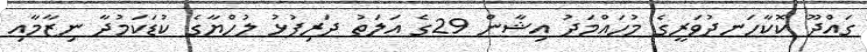
ގައްދޫ ކޮކާހަނދުވަރީގެ މުހައްމަދު އިޝާން 29ގެ އަލަތު ދަރިފުޅު ލުހްޔާގެ ކުޑަކަމުދާ ނިޒާމާއި